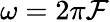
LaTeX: \omega=2\pi\mathcal{F}